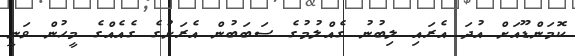
ކޮމަންޑޫއަށް އުދަ އެރައި ލިބުނު ގެއްލުމުގެ ސަބަބުން އެރަށުގެ ގެއެއްގެ މީހުން ވަނީ